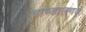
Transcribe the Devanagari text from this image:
चाण्डालगढ़